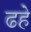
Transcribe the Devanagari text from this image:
ढहे